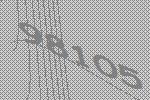
98105